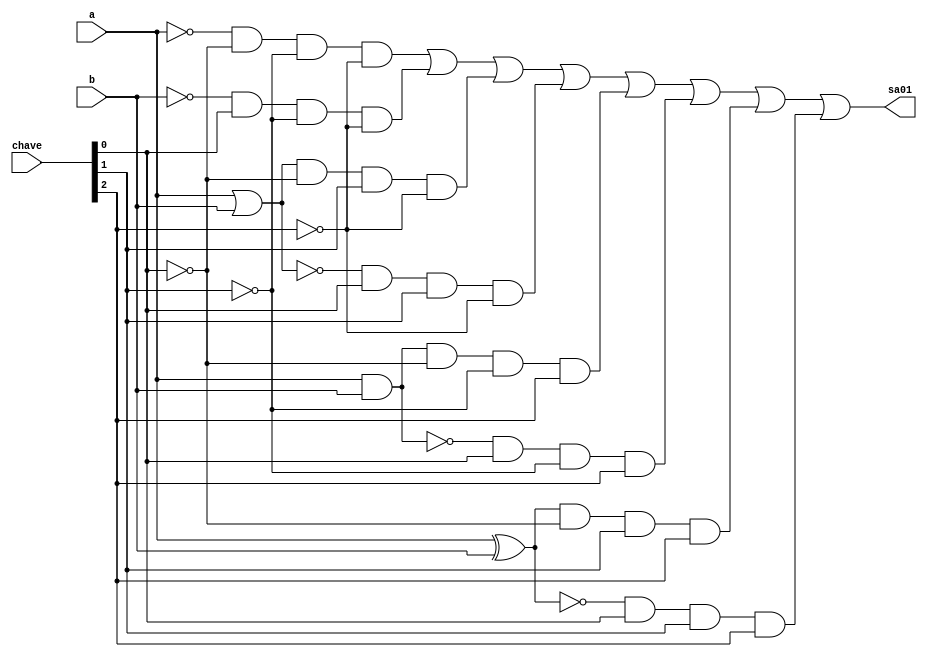
// -------------------------
// Exemplo0035 - operaes NOT(a), NOT(b), OR, NOR, AND, NAND, XOR e XNOR selecionvel em 03 bits
// Nome: Djonatas Tulio Rodrigues Costa
// -------------------------

// -------------------------
// f4_gate
// -------------------------
module f4(output sa01, input a, input b, input [2:0]chave);
	wire s1, s2, s3, s4, s5, s6, s7, s8;
	wire p1, p2, p3, p4, p5, p6, p7, p8;
	
	not NOT1(s1, a);
	not NOT2(s2, b);
	or OR1(s3, a, b);
	nor NOR1(s4, a, b);
	and AND1(s5, a, b);
	nand NAND1(s6, a, b);
	xor XOR1(s7, a, b);
	xnor XNOR1(s8, a, b);
	
	and AND2(p1, s1, ~chave[0], ~chave[1], ~chave[2]);
	and AND3(p2, s2, chave[0], ~chave[1], ~chave[2]);
	and AND4(p3, s3, ~chave[0], chave[1], ~chave[2]);
	and AND5(p4, s4, chave[0], chave[1], ~chave[2]);
	and AND6(p5, s5, ~chave[0], ~chave[1], chave[2]);
	and AND7(p6, s6, chave[0], ~chave[1], chave[2]);
	and AND8(p7, s7, ~chave[0], chave[1], chave[2]);
	and AND9(p8, s8, chave[0], chave[1], chave[2]);
	
	or OR2(sa01,p1, p2, p3, p4, p5, p6, p7, p8);
	
endmodule // f4_gate

// -------------------------
// testef4
// -------------------------
module test_f4;
// ------------------------- definir dados
	reg a;
	reg b;
	reg [2:0]chave;
	wire x;

	f4 modulo(x,a,b,chave);

// ------------------------- parte principal

	initial begin
		
		
		$display("Exemplo0035 - Djonatas Tulio Rodrigues Costa - 440954");
		$display("Test LU's module\n");
		
		$display("\nChave = 000\nOperacao NOT(a)\n~a = s");
			chave=3'b000;
			a=0;
		#1 $display("~%b = %b", a, x);
			a=1;
		#1 $display("~%b = %b", a, x);

		$display("\nChave = 001\nOperacao NOT(b)\n~b = s");
			chave=3'b001;
			b=0;
		#1 $display("~%b = %b", b, x);
			b=1;
		#1 $display("~%b = %b", b, x);
			
		$display("\nChave = 010\nOperacao OR\na | b = s");
			chave=3'b010;
			a=0; b=0;
		#1 $display("%b | %b = %b", a, b, x);
			a=0; b=1;
		#1 $display("%b | %b = %b", a, b, x);
			a=1; b=0;
		#1 $display("%b | %b = %b", a, b, x);
			a=1; b=1;
		#1 $display("%b | %b = %b", a, b, x);

		$display("\nChave = 011\nOperacao NOR\n~(a | b) = s");
			chave=3'b011;
			a=0; b=0;
		#1 $display("~(%b | %b) = %b", a, b, x);
			a=0; b=1;
		#1 $display("~(%b | %b) = %b", a, b, x);
			a=1; b=0;
		#1 $display("~(%b | %b) = %b", a, b, x);
			a=1; b=1;
		#1 $display("~(%b | %b) = %b", a, b, x);

		$display("\nChave = 100\nOperacao AND\na & b = s");
			chave=3'b100;
			a=0; b=0;
		#1 $display("%b & %b = %b", a, b, x);
			a=0; b=1;
		#1 $display("%b & %b = %b", a, b, x);
			a=1; b=0;
		#1 $display("%b & %b = %b", a, b, x);
			a=1; b=1;
		#1 $display("%b & %b = %b", a, b, x);

		$display("\nChave = 101\nOperacao NAND\n~(a & b) = s");
			chave=3'b101;
			a=0; b=0;
		#1 $display("~(%b & %b) = %b", a, b, x);
			a=0; b=1;
		#1 $display("~(%b & %b) = %b", a, b, x);
			a=1; b=0;
		#1 $display("~(%b & %b) = %b", a, b, x);
			a=1; b=1;
		#1 $display("~(%b & %b) = %b", a, b, x);

		$display("\nChave = 110\nOperacao XOR\na ^ b = s");
			chave=3'b110;
			a=0; b=0;
		#1 $display("%b ^ %b = %b", a, b, x);
			a=0; b=1;
		#1 $display("%b ^ %b = %b", a, b, x);
			a=1; b=0;
		#1 $display("%b ^ %b = %b", a, b, x);
			a=1; b=1;
		#1 $display("%b ^ %b = %b", a, b, x);

		$display("\nChave = 111\nOperacao XNOR\n~(a ^ b) = s");
			chave=3'b111;
			a=0; b=0;
		#1 $display("~(%b ^ %b) = %b", a, b, x);
			a=0; b=1;
		#1 $display("~(%b ^ %b) = %b", a, b, x);
			a=1; b=0;
		#1 $display("~(%b ^ %b) = %b", a, b, x);
			a=1; b=1;
		#1 $display("~(%b ^ %b) = %b", a, b, x);			

	end

endmodule // test_f4